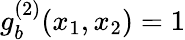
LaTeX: g_{b}^{(2)}(x_{1},x_{2})=1